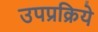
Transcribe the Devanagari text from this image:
उपप्रक्रिये